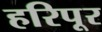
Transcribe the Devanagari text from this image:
हरिपूर